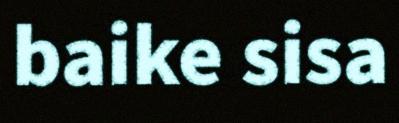
baike sisa